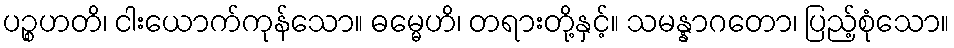
ပဉ္စဟတိ၊ ငါးယောက်ကုန်သော။ ဓမ္မေဟိ၊ တရားတို့နှင့်။ သမန္နာဂတော၊ ပြည့်စုံသော။